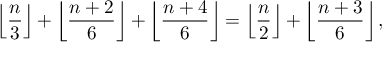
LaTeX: \left\lfloor { \frac { n } { 3 } } \right\rfloor + \left\lfloor { \frac { n + 2 } { 6 } } \right\rfloor + \left\lfloor { \frac { n + 4 } { 6 } } \right\rfloor = \left\lfloor { \frac { n } { 2 } } \right\rfloor + \left\lfloor { \frac { n + 3 } { 6 } } \right\rfloor ,